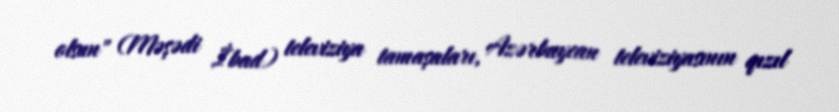
olsun" (Məşədi İbad) televiziya tamaşaları, Azərbaycan televiziyasının qızıl